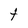
Character: T